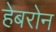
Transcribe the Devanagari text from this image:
हेबरोन